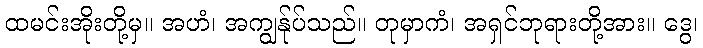
ထမင်းအိုးတို့မှ။ အဟံ၊ အကျွန်ုပ်သည်။ တုမှာကံ၊ အရှင်ဘုရားတို့အား။ ဒွေ၊